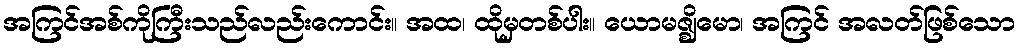
အကြင်အစ်ကိုကြီးသည်လည်းကောင်း။ အထ၊ ထိုမှတစ်ပါး။ ယောမဇ္ဈိမော၊ အကြင် အလတ်ဖြစ်သော